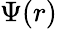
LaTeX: \Psi(r)